65_HS1-834228961_62-HQ-83894_Section_3
Agency: FBI
Page 19
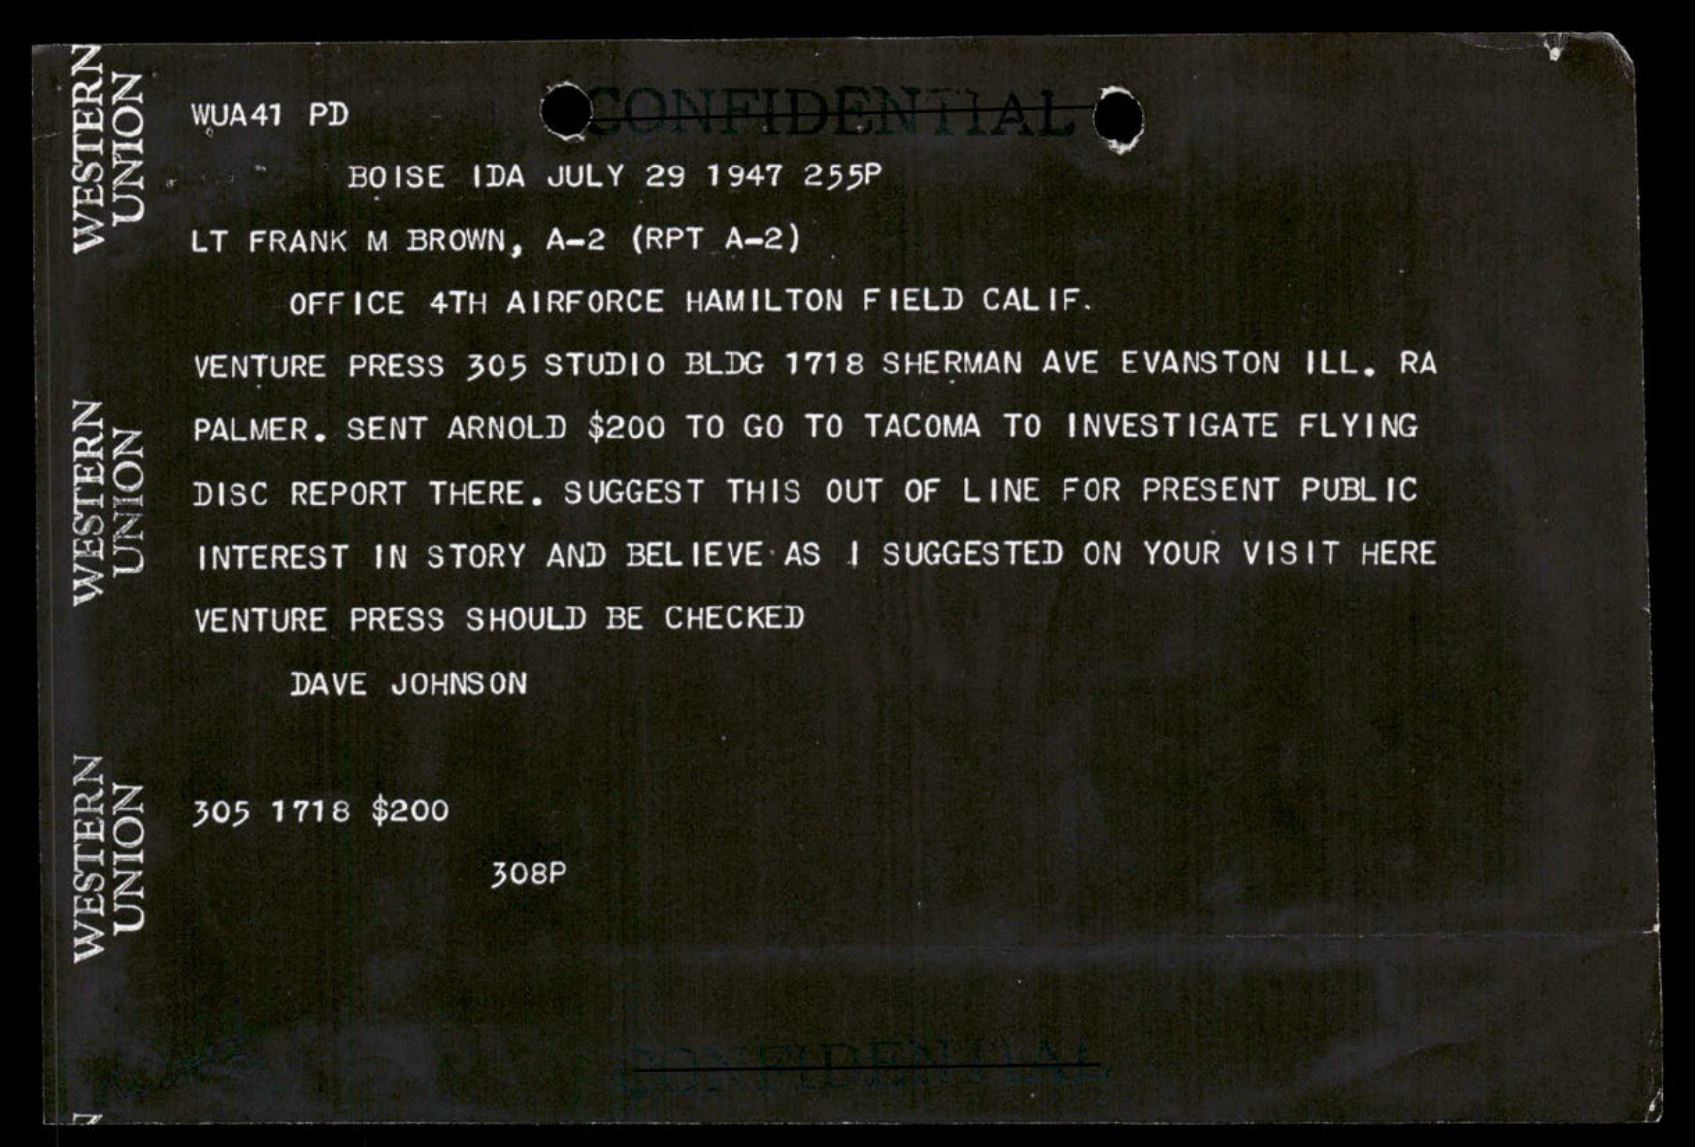